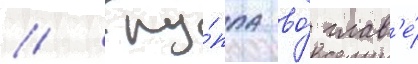
// Гру́ппа во́ глав'е́